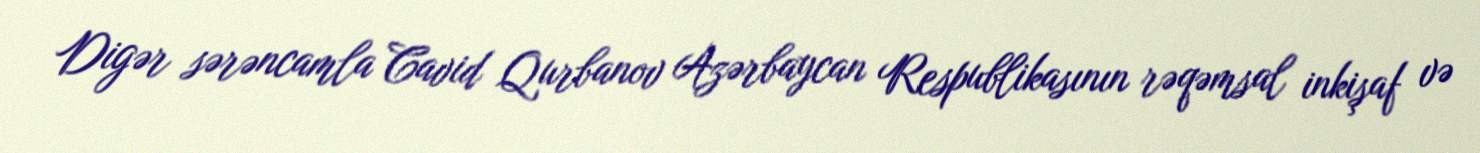
Digər sərəncamla Cavid Qurbanov Azərbaycan Respublikasının rəqəmsal inkişaf və